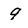
Character: 9